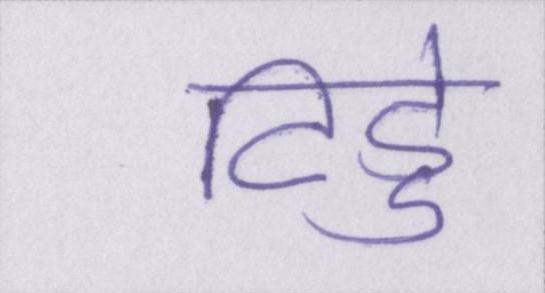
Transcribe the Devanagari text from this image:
टिड्डे